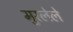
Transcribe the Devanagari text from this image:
मुरलेले